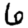
Digit: 6